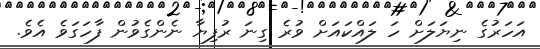
އަހަރުގެ ނިޔަލަށް ހަ ލައްކައަށް ވުރެ ގިނަ ރުފިޔާ ނެންގެވުން ފާހަގަވެ އެވެ.